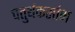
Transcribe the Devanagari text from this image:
चतुर्थकस्तंभ